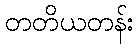
တတိယတန်း